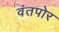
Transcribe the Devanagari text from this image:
वंतपोर